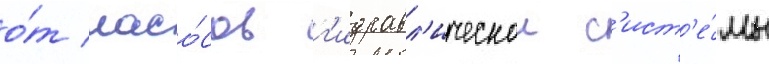
о́т насо́сов г'идравл'ическои с'ист'е́мы